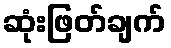
ဆုံးဖြတ်ချက်